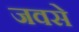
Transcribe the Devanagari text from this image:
जवसे